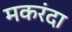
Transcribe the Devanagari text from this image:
मकरंदा